Annual administration report of the Civil Veterinary Department of India - 1894-1895
Year: 1894
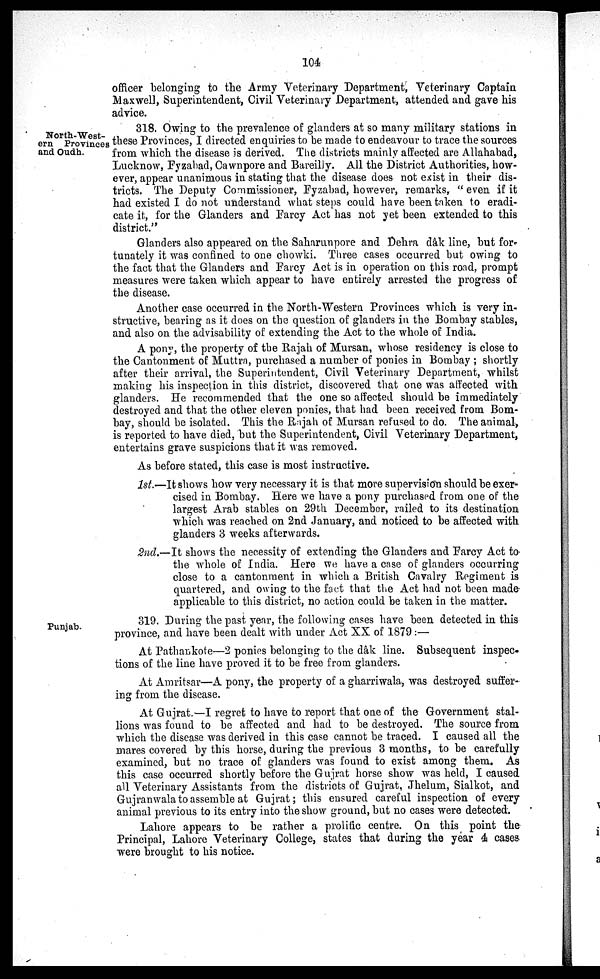
104
officer belonging to the Army Veterinary Department, Veterinary Captain
Maxwell, Superintendent, Civil Veterinary Department, attended and gave his
advice.
North-West-
ern Provinces
and Oudh.
318. Owing to the prevalence of glanders at so many military stations in
these Provinces, I directed enquiries to be made to endeavour to trace the sources
from which the disease is derived. The districts mainly affected are Allahabad,
Lucknow, Fyzabad, Cawnpore and Bareilly. All the District Authorities, how-
ever, appear unanimous in stating that the disease does not exist in their dis-
tricts. The Deputy Commissioner, Fyzabad, however, remarks, " even if it
had existed I do not understand what steps could have been taken to eradi-
cate it, for the Glanders and Farcy Act has not yet been extended to this
district."
Glanders also appeared on the Saharunpore and Dehra dâk line, but for-
tunately it was confined to one chowki. Three cases occurred but owing to
the fact that the Glanders and Farcy Act is in operation on this road, prompt
measures were taken which appear to have entirely arrested the progress of
the disease.
Another case occurred in the North-Western Provinces which is very in-
structive, bearing as it does on the question of glanders in the Bombay stables,
and also on the advisability of extending the Act to the whole of India.
A pony, the property of the Rajah of Mursan, whose residency is close to
the Cantonment of Muttra, purchased a number of ponies in Bombay ; shortly
after their arrival, the Superintendent, Civil Veterinary Department, whilst
making his inspection in this district, discovered that one was affected with
glanders. He recommended that the one so affected should be immediately
destroyed and that the other eleven ponies, that had been received from Bom-
bay, should be isolated. This the Rajah of Mursan refused to do. The animal,
is reported to have died, but the Superintendent, Civil Veterinary Department,
entertains grave suspicions that it was removed.
As before stated, this case is most instructive.
1st.—It shows how very necessary it is that more supervision should be exer-
cised in Bombay. Here we have a pony purchased from one of the
largest Arab stables on 29th December, railed to its destination
which was reached on 2nd January, and noticed to be affected with
glanders 3 weeks afterwards.
2nd.—It shows the necessity of extending the Glanders and Farcy Act to
the whole of India. Here we have a case of glanders occurring
close to a cantonment in which a British Cavalry Regiment is
quartered, and owing to the fact that the Act had not been made
applicable to this district, no action could be taken in the matter.
Punjab.
319. During the past year, the following cases have been detected in this
province, and have been dealt with under Act XX of 1879:—
At Pathankote—2 ponies belonging to the dâk line. Subsequent inspec-
tions of the line have proved it to be free from glanders.
At Amritsar—A pony, the property of a gharriwala, was destroyed suffer-
ing from the disease.
At Gujrat.—I regret to have to report that one of the Government stal-
lions was found to be affected and had to be destroyed. The source from
which the disease was derived in this case cannot be traced. I caused all the
mares covered by this horse, during the previous 3 months, to be carefully
examined, but no trace of glanders was found to exist among them. As
this case occurred shortly before the Gujrat horse show was held, I caused
all Veterinary Assistants from the districts of Gujrat, Jhelum, Sialkot, and
Gujranwala to assemble at Gujrat; this ensured careful inspection of every
animal previous to its entry into the show ground, but no cases were detected.
Lahore appears to be rather a prolific centre. On this point the
Principal, Lahore Veterinary College, states that during the year 4 cases
were brought to his notice.